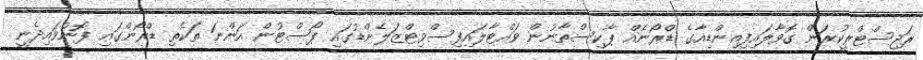
ރަޖިސްޓްރީކުރަން ގޮވާލައިފިއިންޑިއާގެ ޑްރޯނެއް ޕާކިސްތާނުން ވައްޓާލައިފިސްވިޓްޒަލެންޑުގައި ޕޯސްޓުން އަންނަ ތަކެތި ޑްރޯންގައި ފޮނުވައިދެނީ